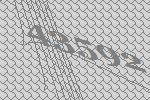
43592